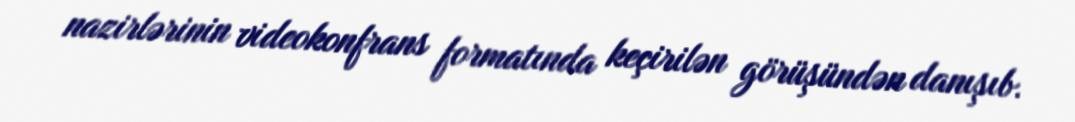
nazirlərinin videokonfrans formatında keçirilən görüşündən danışıb.